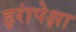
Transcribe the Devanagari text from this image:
इरांपेक्षा